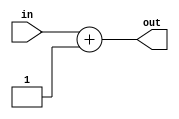
module INC64 #(parameter SIZE = 64) (input [SIZE-1:0] in, output [SIZE:0] out);
assign out = in + 1;
endmodule